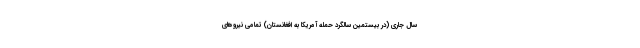
سال جاری (در بیستمین سالگرد حمله آمریکا به افغانستان) تمامی نیروهای